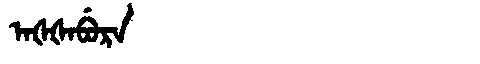
Manchu: ᠠᡧᡧᠠᠪᡠᡵᠠ
Romanization: AŠŠABURA